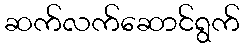
ဆက်လက်ဆောင်ရွက်